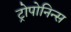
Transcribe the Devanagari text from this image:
ट्रोपोनिन्स